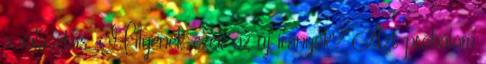
a választás. Milyenek ezek az új irányok? Azt próbálom